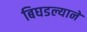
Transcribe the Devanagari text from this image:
बिघडल्याने